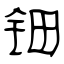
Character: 钿